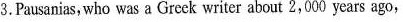
3.Pausanias, who was a Greck writer about 2,000 years ago,